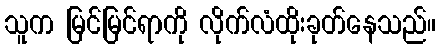
သူက မြင်မြင်ရာကို လိုက်လံထိုးခုတ်နေသည်။